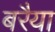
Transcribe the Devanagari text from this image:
बरैया